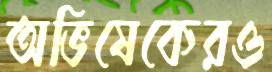
অভিষেকেরও